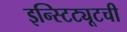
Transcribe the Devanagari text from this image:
इन्स्टिट्यूटची